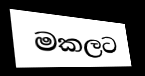
මකලට